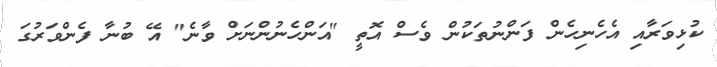
ކުޅިވަރާއި އެހެނިހެން ފަންނުތަކުން ވެސް އޮތީ "އަންހެނުންނަށް ވާނެ" އޭ ބުނާ ފެންވަރުގަ